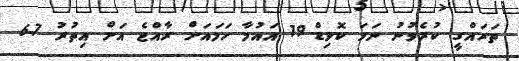
ތަރައްގީ ކުރެވުނު ނަމަ ކޮވިޑް-19 އައުމާ ހަމައަށް ރާއްޖެ އަށް އިތުރު 6.7